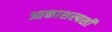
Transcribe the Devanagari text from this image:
आकाशस्पर्शी